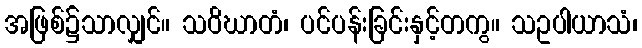
အဖြစ်၌သာလျှင်။ သဝိဃာတံ၊ ပင်ပန်းခြင်းနှင့်တကွ။ သဥပါယာသံ၊